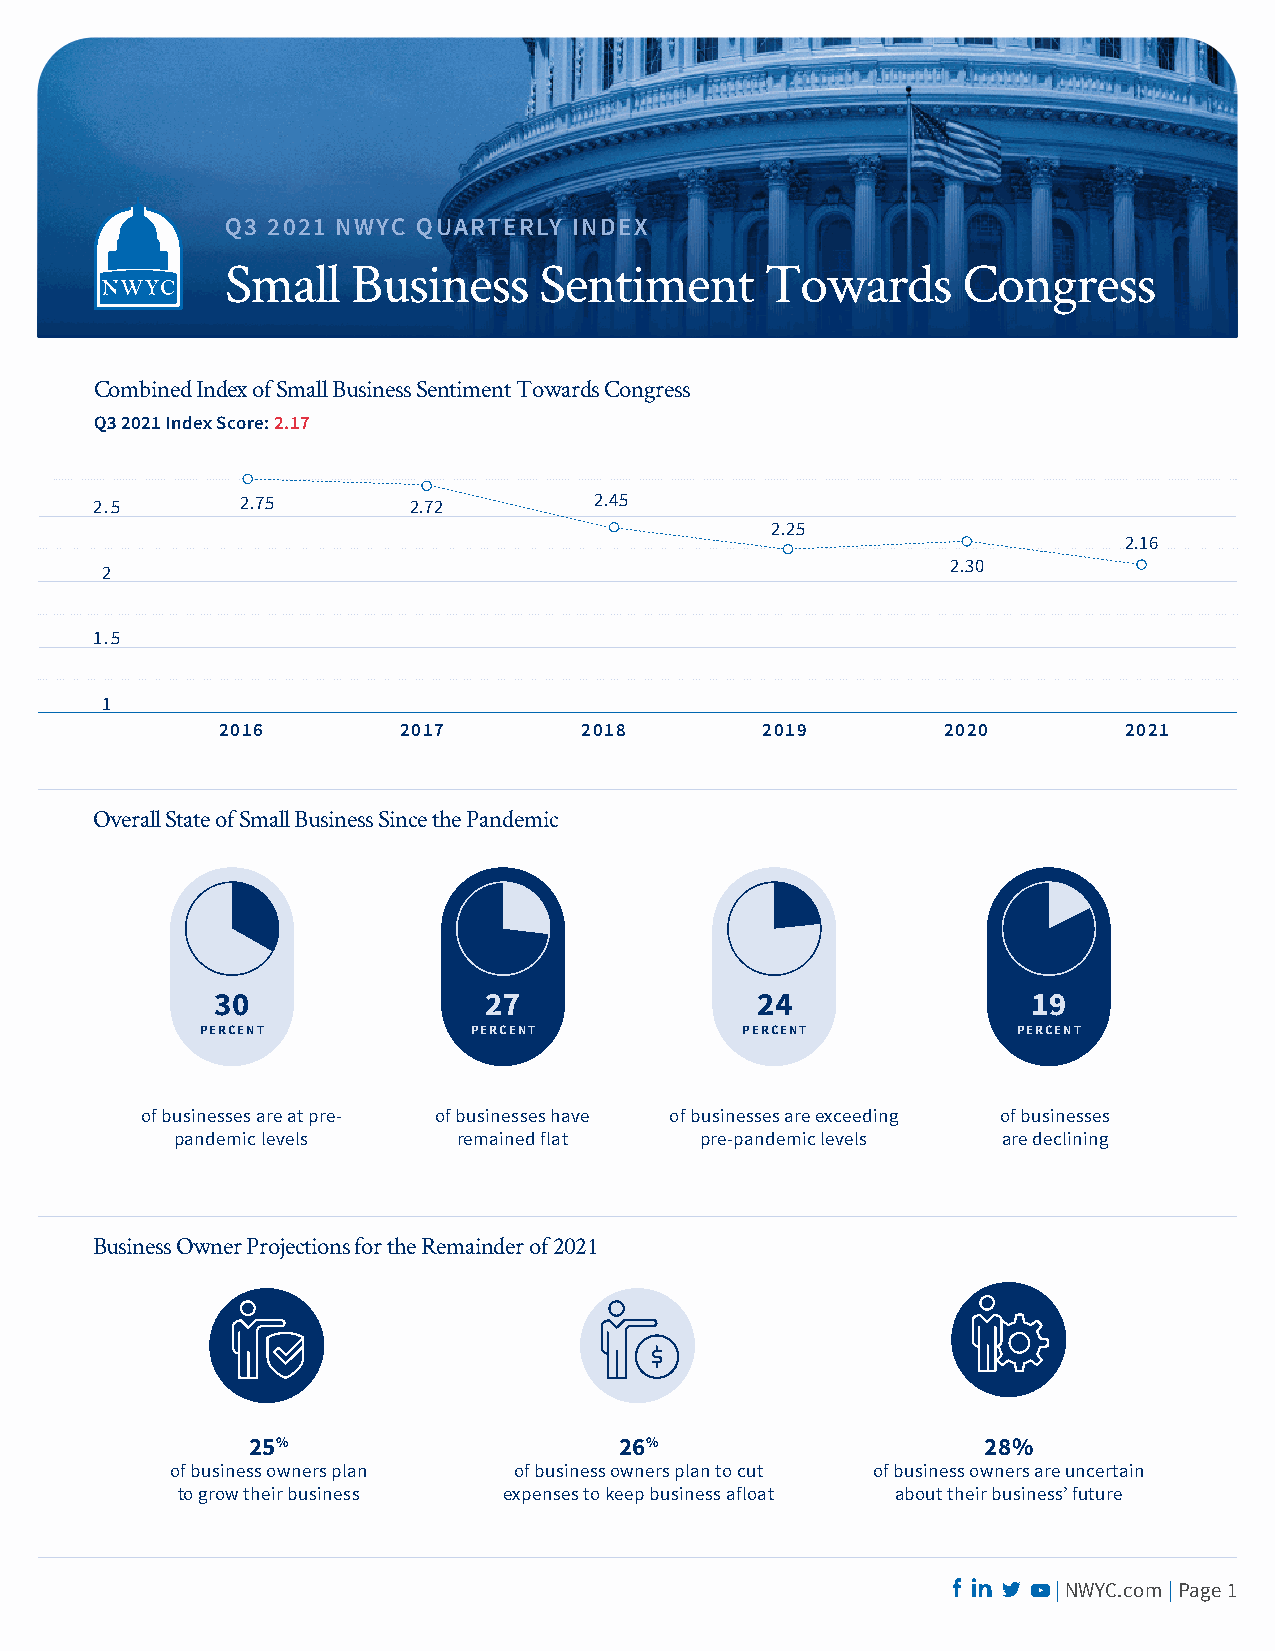
Q3 2021 NWYC QUARTERLY INDEX
 Small   Business     Sentiment      Towards      Congress
 Combined Index of Small Business Sentiment Towards Congress
 Q3 2021 Index Score: 2.17
 2.5       2.75       2.72        2.45
 2.25
 2.16
 2.30
 2
 1.5
 1
 2016        2017        2018        2019        2020        2021
 Overall State of Small Business Since the Pandemic
 30                27                24                19
 PERCENT           PERCENT           PERCENT           PERCENT
 of businesses are at pre- of businesses have of businesses are exceeding of businesses
 pandemic levels   remained flat   pre-pandemic levels are declining
 Business Owner Projections for the Remainder of 2021
 25%                      26%                     28%
 of business owners plan of business owners plan to cut of business owners are uncertain
 to grow their business expenses to keep business afloat about their business’ future
 | NWYC.com | Page 1